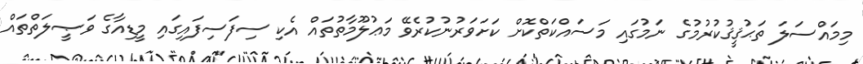
މިމައްސަލަ ތަޙުޤީޤުކުރުމުގެ ނަމުގައި މަސައްކަތްކޮށް ކަށަވަރުނުކުރެވޭ މަޢުލޫމާތުތައް އެކި ސިފަސިފައިގައި މީޑިއާގެ ވަޞީލަތްތައް